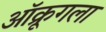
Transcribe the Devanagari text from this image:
ऑक्रूगला